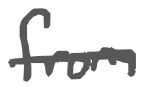
Text: from
Cross-out: single-line
Writing tool: digital_gray